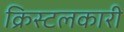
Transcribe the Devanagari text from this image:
क्रिस्टलकारी